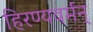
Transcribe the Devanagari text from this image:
हिरण्यवर्मन्